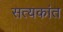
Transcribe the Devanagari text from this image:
सत्यकांत